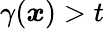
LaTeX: \gamma(\boldsymbol{x})>t